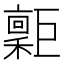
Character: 𢀮